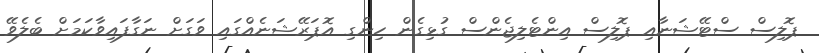
ޕޮލިސް ސްޓޭޝަނާއި ޕޮލިސް އިންޓެލިޖެންސް ގުޅިގެން ހިންގި އޮޕަރޭޝަނެއްގައި ވަގަށް ނަގާފައިވާކަމަށް ބެލެވޭ